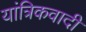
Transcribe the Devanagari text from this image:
यांत्रिकवादी